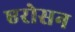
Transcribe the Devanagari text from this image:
एरोसन